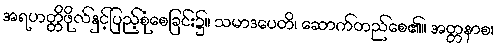
အရဟတ္တိဖိုလ်နှင့်ပြည့်စုံစေခြင်း၌။ သမာဒပေတိ၊ ဆောက်တည်စေ၏။ အတ္တနာစ၊